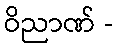
ဝိညာဏ် -